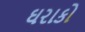
ઘરાકો